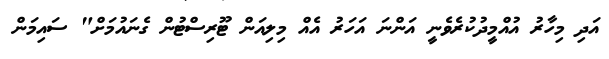
އަދި މިހާރު އުއްމީދުކުރެވެނީ އަންނަ އަހަރު އެއް މިލިއަން ޓޫރިސްޓުން ގެނައުމަށް" ސައިމަން